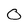
Character: 0